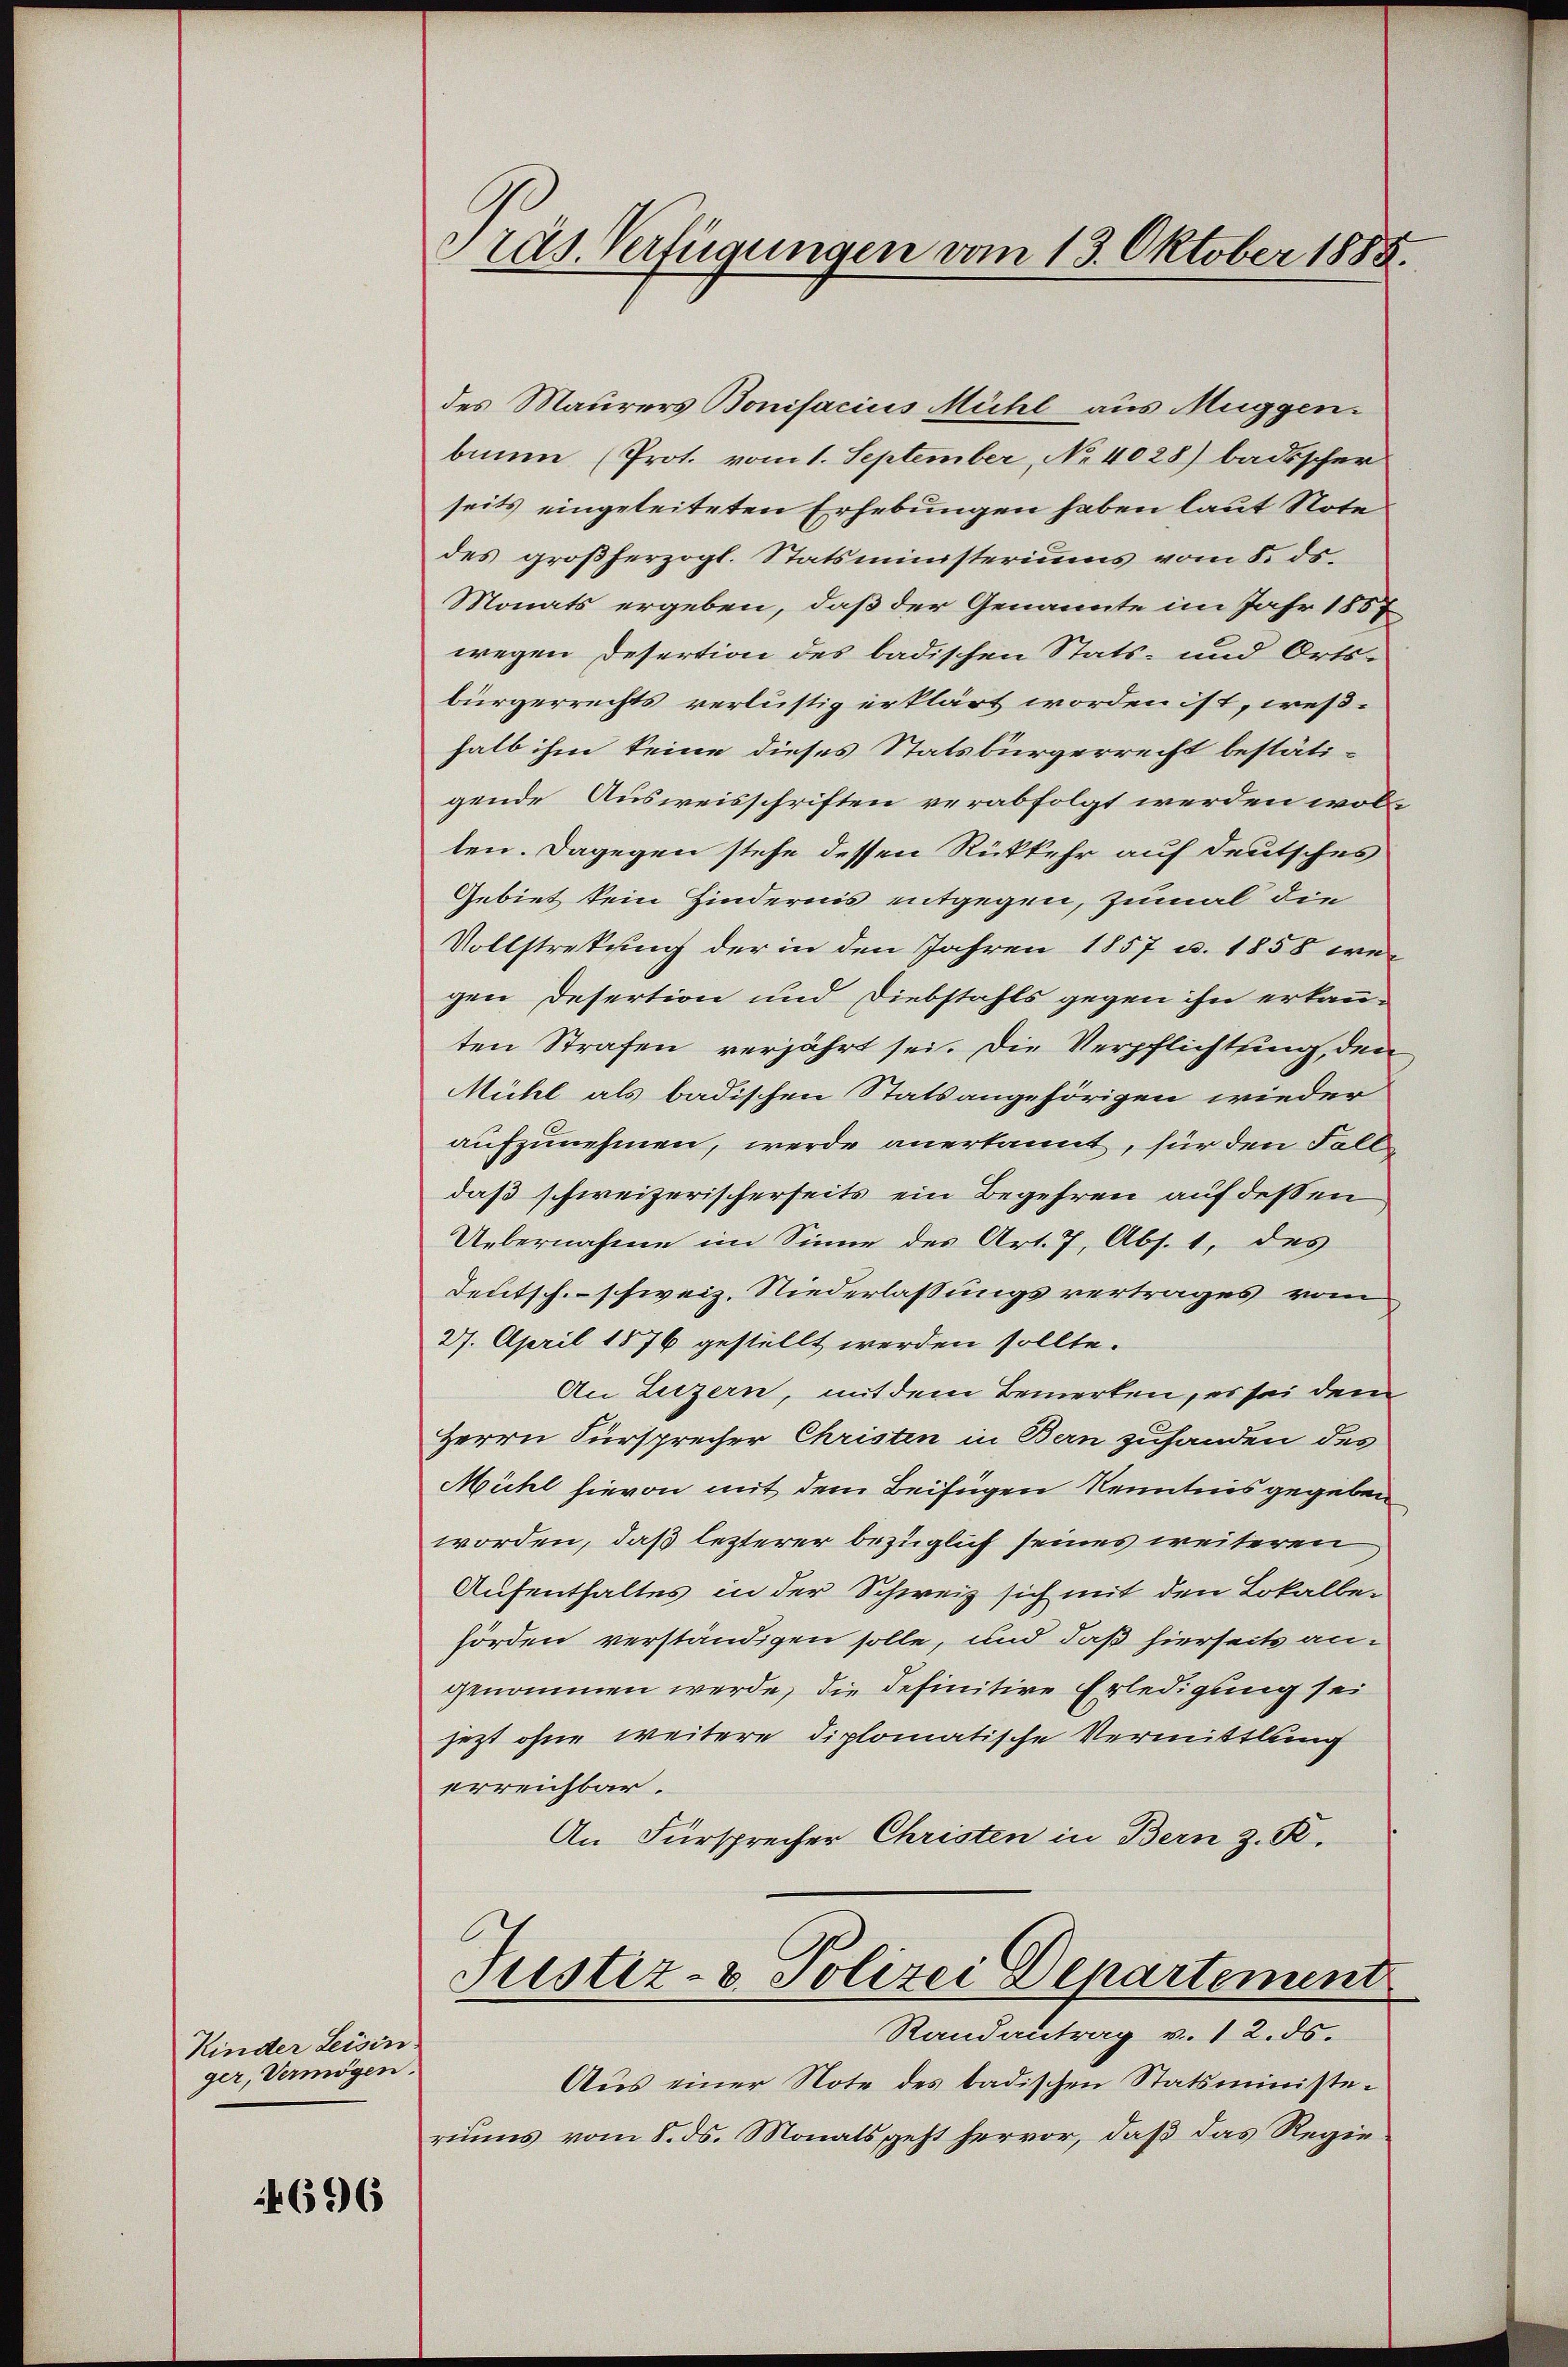
Kinder Leisin
ger, Vermögen.

4696

Präs. Verfügungen vom 13. Oktober 1888.

des Maurers Bonifacius Mühl aus Muggen.
bium (Prot. vom 1. September, No 4028) badischer
seits eingeleiteten Erhebungen haben laut Note
des großherzogl. Statsministeriums vom 8. ds.
Monats ergeben, daß der Genannte im Jahr 1857
wegen Desertion des badischen Stats- und Orts-
bürgerrechts verlustig erklärt worden ist, weßhalb ihm keine dieses Statsbürgerrecht bestäti-
gende Ausweisschriften verabfolgt werden wol-
ten. Dagegen stehe dessen Rückkehr auf deutsches
Gebiet kein Hindernis entgegen, zumal die
Vollstretung der in den Jahren 1857 u. 1858 we
gen Desertion und Diebstahls gegen ihn erkann-
ten Strafen verjährt sei. Die Verpflichtung, den
Mühl als badischen Statsangehörigen wieder
aufzunehmen, werde anerkannt, für den Fall
daß schweizerischerseits ein Begehren auf dessen
Uebernahme im Sinne des Art. 7, Abs. 1, des
Teutsch. schweiz. Niederlassungsvertrages vom
27. April 1876 gestellt werden sollte.
An Luzern, mit dem Bemerken, es sei dem
Herrn Fürsprecher Christen in Bern zufanden des
Mühl hievon mit dem Beifügen Kenntnis gegeben
worden, daß lezterer bezüglich seines weiteren
Aufenthaltes in der Schweiz sich mit den Lokalbehörden verständigen solle, und daß hierseits angenommen werde, die definitive Erledigung sei
jezt ohne weitere diplomatische Vermittlung
erreichbar.
An Fürsprecher Christen in Bern z. R.

Justiz- & Polizei Departement
Randantrag v. 12. ds.

Aus einer Note des badischen Statsministeriums vom 8. ds. Monats geht hervor, daß das Regie¬